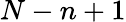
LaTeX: N-n+1